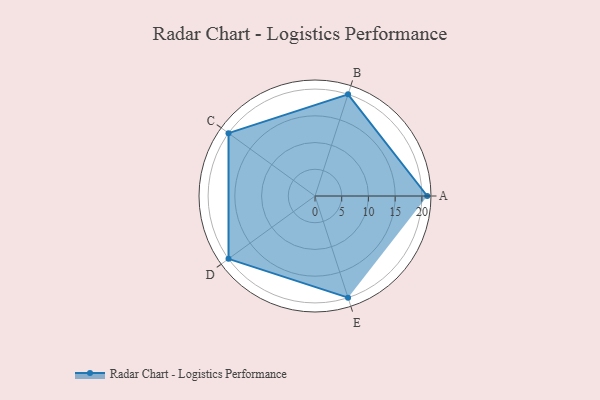
{"axis": {"x": "Skill", "y": "Score"}, "legend": ["Profile"], "data": [{"x": "A", "y": 21.0, "type": "Profile"}, {"x": "B", "y": 20, "type": "Profile"}, {"x": "C", "y": 20, "type": "Profile"}, {"x": "D", "y": 20, "type": "Profile"}, {"x": "E", "y": 20, "type": "Profile"}]}